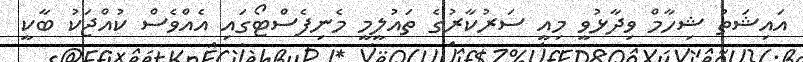
އައިޝަތު ޝިހާމް ވިދާޅުވީ މިއީ ސަރުކާރުގެ ތައުލީމީ މެނިފެސްޓޯގައި އެއްވެސް ކުއްޖަކު ބާކީ